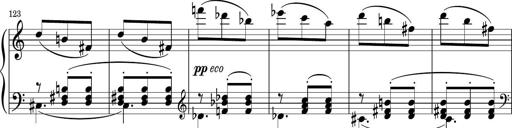
Title: Sonatina PandemÃ³nium
Composer: VÃ­ctor Carbajo
Key: C major